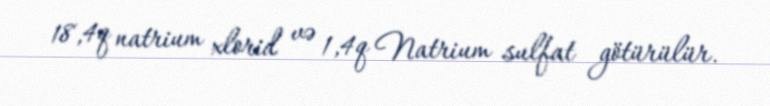
18,4q natrium xlorid və 1,4q Natrium sulfat götürülür.